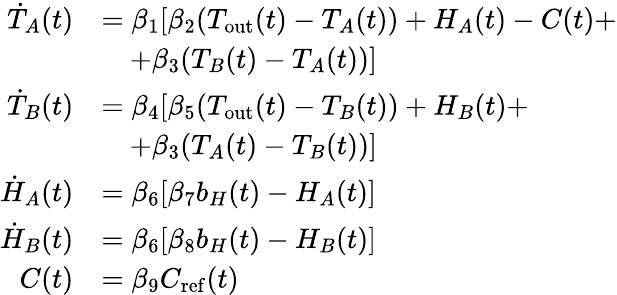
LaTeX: \begin{array}{rl}{\dot{T}_{A}(t)}&{=\beta_{1}[\beta_{2}(T_{\mathrm{out}}(t)-T_{A}(t))+H_{A}(t)-C(t)+}\\ &{\quad+\beta_{3}(T_{B}(t)-T_{A}(t))]}\\ {\dot{T}_{B}(t)}&{=\beta_{4}[\beta_{5}(T_{\mathrm{out}}(t)-T_{B}(t))+H_{B}(t)+}\\ &{\quad+\beta_{3}(T_{A}(t)-T_{B}(t))]}\\ {\dot{H}_{A}(t)}&{=\beta_{6}[\beta_{7}b_{H}(t)-H_{A}(t)]}\\ {\dot{H}_{B}(t)}&{=\beta_{6}[\beta_{8}b_{H}(t)-H_{B}(t)]}\\ {C(t)}&{=\beta_{9}C_{\mathrm{ref}}(t)}\end{array}